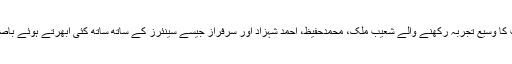
پاکستان ٹیم کو سیریز کے لئے ٹی 20 کرکٹ کا وسیع تجربہ رکھنے والے شعیب ملک، محمدحفیظ، احمد شہزاد اور سرفراز جیسے سینئرز کے ساتھ ساتھ کئی ابھرتے ہوئے باصلاحیت کھلاڑیوں کی خدمات حاصل ہوں گی۔